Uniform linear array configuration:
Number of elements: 24
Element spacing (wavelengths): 0.5
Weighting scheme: kaiser
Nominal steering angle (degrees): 0
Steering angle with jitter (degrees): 1.891
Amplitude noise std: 0.05
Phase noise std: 0.05

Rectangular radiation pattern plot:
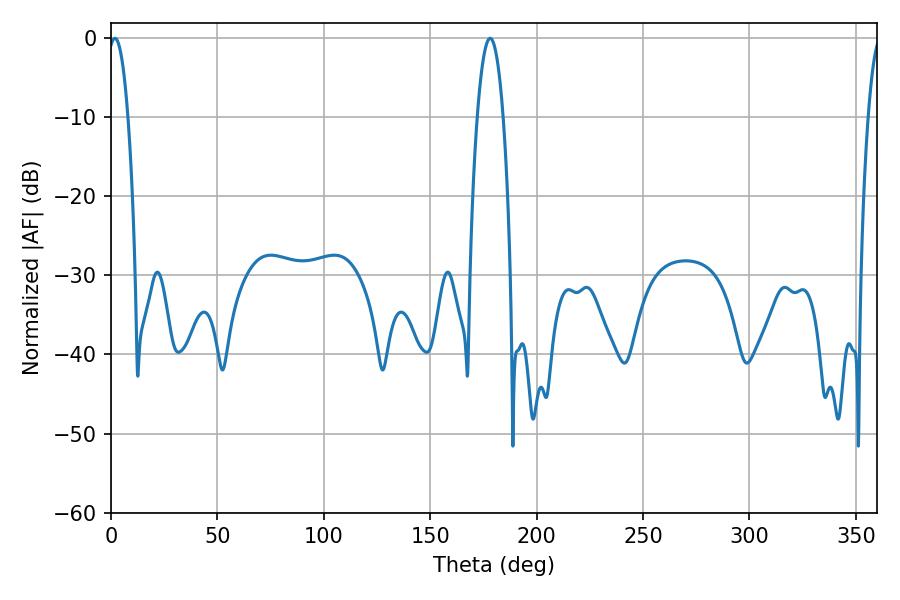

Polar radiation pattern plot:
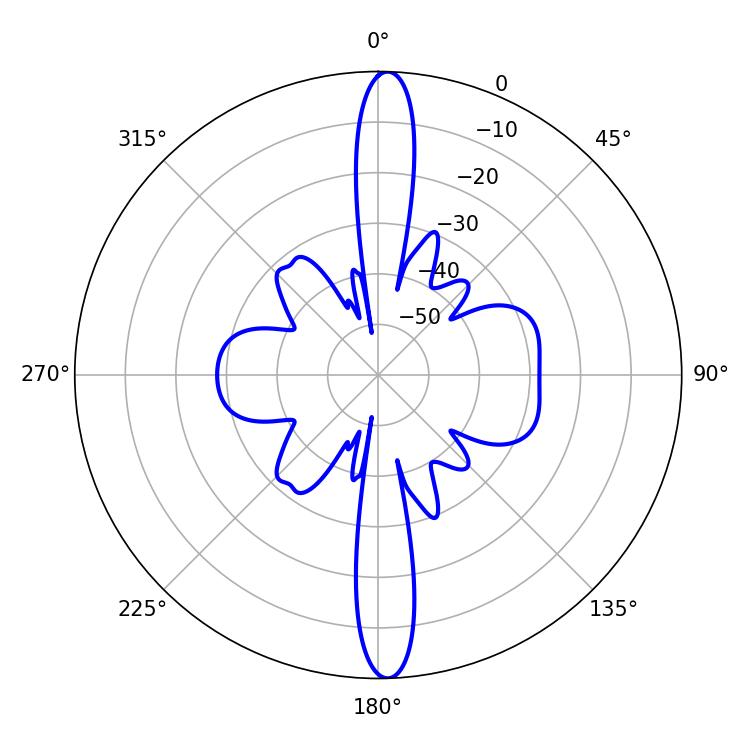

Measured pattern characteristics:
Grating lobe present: FALSE
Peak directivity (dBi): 23.608
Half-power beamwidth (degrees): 5.22
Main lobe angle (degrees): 1.8